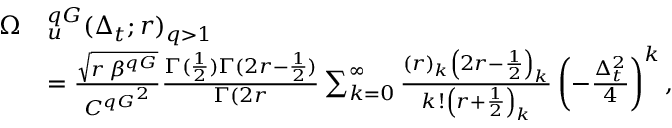
\begin{array} { r l } { \Omega } & { _ u ^ { q G } ( \Delta _ { t } ; r ) _ { q > 1 } } \\ & { = \frac { \sqrt { r \, \beta ^ { q G } } } { { C ^ { q G } } ^ { 2 } } \frac { \Gamma ( \frac { 1 } { 2 } ) \Gamma ( 2 r - \frac { 1 } { 2 } ) } { \Gamma ( 2 r } \sum _ { k = 0 } ^ { \infty } \frac { ( r ) _ { k } \left( 2 r - \frac { 1 } { 2 } \right) _ { k } } { k ! \left( r + \frac { 1 } { 2 } \right) _ { k } } \left( - \frac { \Delta _ { t } ^ { 2 } } { 4 } \right) ^ { k } , } \end{array}